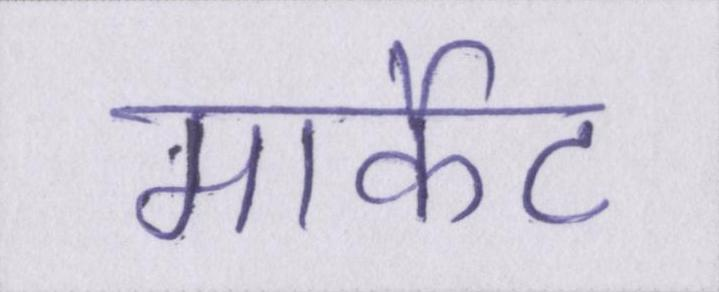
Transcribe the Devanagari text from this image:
मार्केट